Civil Veterinary Department Bihar & Orissa reports 1922-29 - 1922-1929
Year: 1922
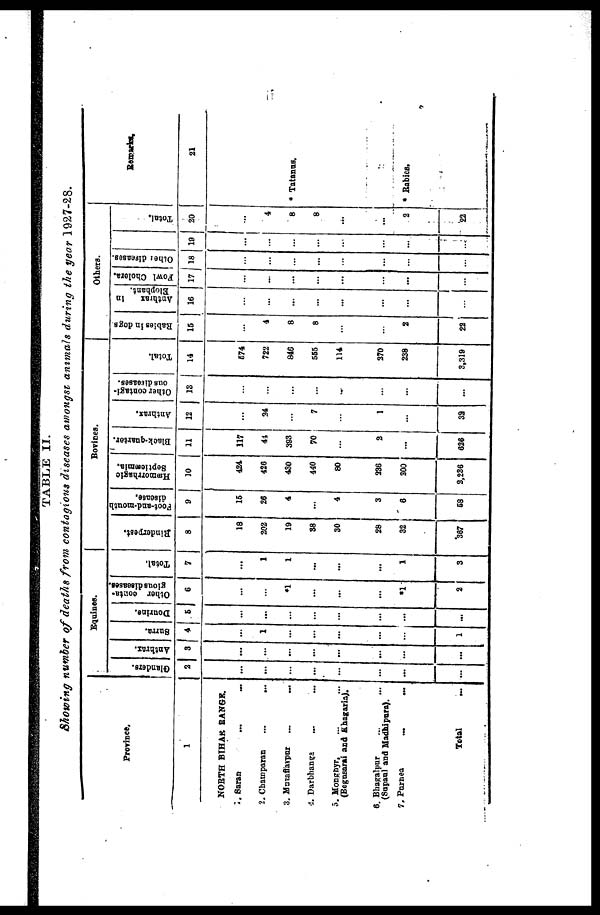
ii
TABLE II.
Showing number of deaths from contagions diseases amongst animals during the year 1927-28.
Province.
1
NORTH BIHAR RANGE.
1. Saran
2. Champaran
...
...
3. Muzaffarpur
...
...
4. Darbhanga
5. Monrhyr,
(Begusarai and Khagaria).
6.Bhagalpur
(Supanl and Madhipura).
7. Purnea
...
...
Total
...
Equines.
Glanders.
2
...
...
...
...
...
...
Anthrax.
3
...
...
...
...
Surra.
4
1
...
...
...
1
Dourine.
5
...
...
...
...
...
...
...
...
Other oonta-
gious diseases.
6
*1
...
*1
2
Total.
7
...
1
1
...
...
...
1
3
Bovines.
Rinderpest.
8
18
202
19
38
30
28
32
'367
Foot-and-mouth
disease.
9
15
26
4
4
3
8
68
Hæmorrhaglo
Septicæmia.
10
424
426
430
440
80
336
300
2,236
Black-quarter.
11
117
41
393
70
2
626
Anthrax,
12
34
7
1
39
Other contagi-
ous diseases.
13
...
Total.
14
674
722
846
555
114
370
238
3,319
Others.
Rabies in dogs
15
...
4
8
8
...
...
2
22
Anthrax
In
Elophant.
16
...
...
...
...
...
...
...
...
Fowl Cholera.
17
...
...
...
...
...
...
...
...
Other diseases.
18
...
...
...
...
...
...
...
...
19
...
...
...
...
...
...
...
...
Total.
20
...
4
8
8
...
...
2
22
Remarks,
21
* Tatanas.
* Rabies.